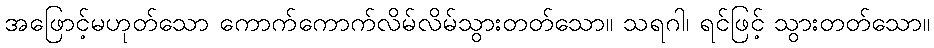
အဖြောင့်မဟုတ်သော ကောက်ကောက်လိမ်လိမ်သွားတတ်သော။ သရဂါ၊ ရင်ဖြင့် သွားတတ်သော။